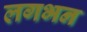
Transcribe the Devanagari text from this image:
लगभन